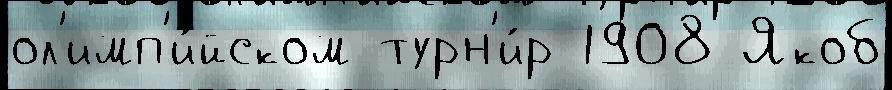
ол'имп'и́йском турн'и́р 1908 Якоб